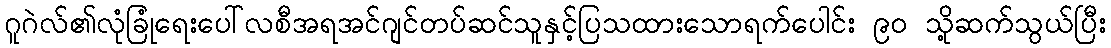
ဂူဂဲလ်၏လုံခြုံရေးပေါ်လစီအရအင်ဂျင်တပ်ဆင်သူနှင့်ပြသထားသောရက်ပေါင်း ၉၀ သို့ဆက်သွယ်ပြီး